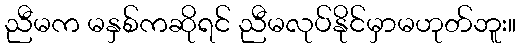
ညီမက မနှစ်ကဆိုရင် ညီမလုပ်နိုင်မှာမဟုတ်ဘူး။